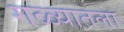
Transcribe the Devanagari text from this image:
गळ्यातला